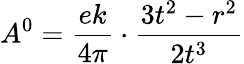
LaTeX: A^{0}={\frac{ek}{4\pi}}\cdot{\frac{3t^{2}-r^{2}}{2t^{3}}}